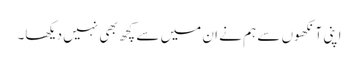
اپنی آنکھوں سے ہم نے ان میں سے کچھ بھی نہیں دیکھا۔